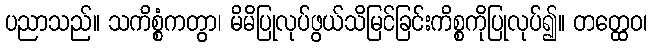
ပညာသည်။ သကိစ္စံကတွာ၊ မိမိပြုလုပ်ဖွယ်သိမြင်ခြင်းကိစ္စကိုပြုလုပ်၍။ တတ္ထေဝ၊